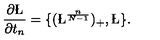
\frac { \partial \L } { \partial t _ { n } } = \{ ( \L ^ { \frac { n } { N - 1 } } ) _ { + } , \L \} .